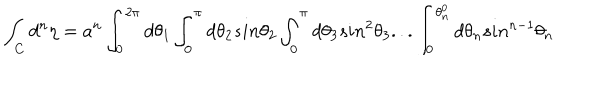
\int _ { C } { d ^ { n } } { \eta } = a ^ { n } \int _ { 0 } ^ { 2 \pi } d \theta _ { 1 } \int _ { 0 } ^ { \pi } d \theta _ { 2 } s i n \theta _ { 2 } \int _ { 0 } ^ { \pi } d \theta _ { 3 } s i n ^ { 2 } \theta _ { 3 } . . . \int _ { 0 } ^ { \theta _ { n } ^ { 0 } } d \theta _ { n } s i n ^ { n - 1 } \theta _ { n }